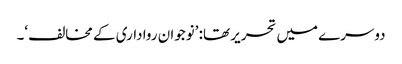
دوسرے میں تحریر تھا: ’نوجوان رواداری کے مخالف‘۔